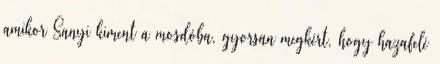
amikor Sanyi kiment a mosdóba, gyorsan megkért, hogy hazafelé